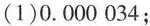
(1)0.000034；